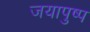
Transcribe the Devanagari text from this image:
जयापुष्प